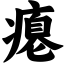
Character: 瘪